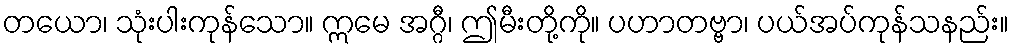
တယော၊ သုံးပါးကုန်သော။ ဣမေ အဂ္ဂီ၊ ဤမီးတို့ကို။ ပဟာတဗ္ဗာ၊ ပယ်အပ်ကုန်သနည်း။